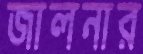
জালনার